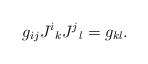
\begin{align*}g_{ij}J^i{}_{k} J^j{}_{l} =g_{kl} . \end{align*}